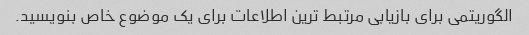
الگوریتمی برای بازیابی مرتبط ترین اطلاعات برای یک موضوع خاص بنویسید.